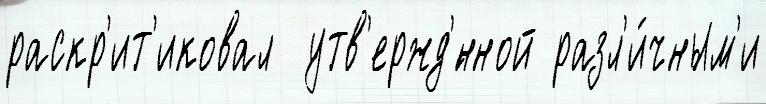
раскр'ит'иковал  утв'ержд'́нной разл'и́чным'и